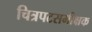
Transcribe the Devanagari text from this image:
चित्रपटसमीक्षक